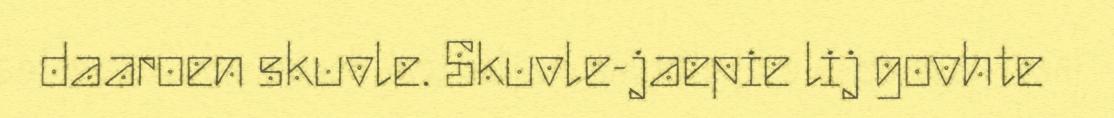
daaroen skuvle. Skuvle-jaepie lij govhte